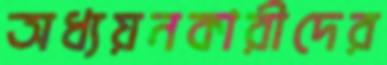
অধ্যয়নকারীদের